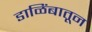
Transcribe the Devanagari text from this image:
डाळिंबातून